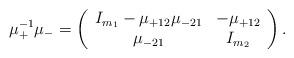
LaTeX: \begin{align*}\mu_+^{-1} \mu_- = \left( \begin{array}{cc}I_{m_1} - \mu_{+12} \mu_{-21} & - \mu_{+12} \\\mu_{-21} & I_{m_2}\end{array} \right).\end{align*}